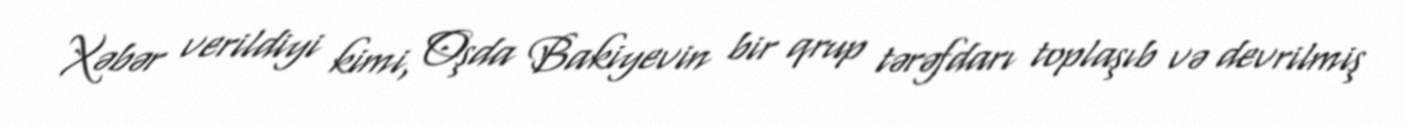
Xəbər verildiyi kimi, Oşda Bakiyevin bir qrup tərəfdarı toplaşıb və devrilmiş